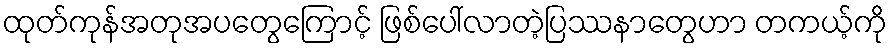
ထုတ်ကုန်အတုအပတွေကြောင့် ဖြစ်ပေါ်လာတဲ့ပြဿနာတွေဟာ တကယ့်ကို